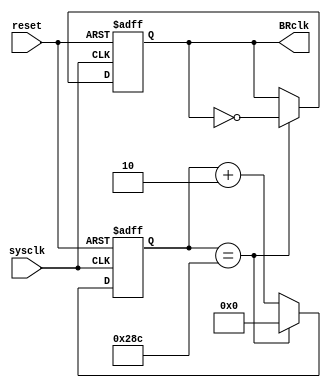
//producing 16x signal; 100M/9600/160=651.04=652
module UART_BaudRate_S(reset, sysclk,BRclk);
input reset;
input sysclk;
output BRclk;
reg BRclk;
reg [9:0]state;

always @(posedge reset or posedge sysclk)
begin
	if(reset)
	begin
		state<=10'b00_0000_0000;
		BRclk<=0;
	end
	else
	begin
		if(state==652)
		begin
			BRclk<=~BRclk;
			state<=10'b00_0000_0000;
		end
		else
			state<=state+2;
	end
end
endmodule